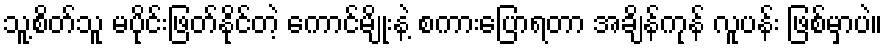
သူ့စိတ်သူ မပိုင်းဖြတ်နိုင်တဲ့ ကောင်မျိုးနဲ့ စကားပြောရတာ အချိန်ကုန် လူပန်း ဖြစ်မှာပဲ။